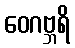
ဝေဂဗ္ဘရိ